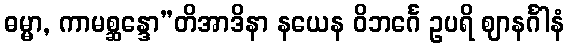
ဓမ္မာ, ကာမစ္ဆန္ဒော”တိအာဒိနာ နယေန ဝိဘင်္ဂေ ဥပရိ ဈာနင်္ဂါနံ